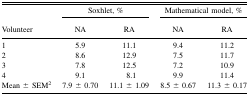
<table><thead><tr><td></td><td colspan="2"><b>Soxhlet, %</b></td><td colspan="2"><b>Mathematical model, %</b></td></tr><tr><td><b>Volunteer</b></td><td><b>NA</b></td><td><b>RA</b></td><td><b>NA</b></td><td><b>RA</b></td></tr></thead><tbody><tr><td>1</td><td>5.9</td><td>11.1</td><td>9.4</td><td>11.2</td></tr><tr><td>2</td><td>8.6</td><td>12.9</td><td>7.5</td><td>11.7</td></tr><tr><td>3</td><td>7.8</td><td>12.5</td><td>7.2</td><td>10.9</td></tr><tr><td>4</td><td>9.1</td><td>8.1</td><td>9.9</td><td>11.4</td></tr><tr><td>Mean ± SEM<sup>2</sup></td><td>7.9 ± 0.70</td><td>11.1 ± 1.09</td><td>8.5 ± 0.67</td><td>11.3 ± 0.17</td></tr></tbody></table>